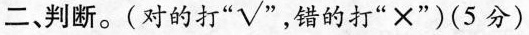
二、判断。(对的打 “√”，错的打“×”)(5分)